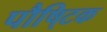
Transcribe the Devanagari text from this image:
पौषि्टक